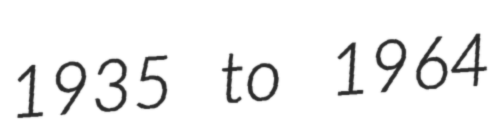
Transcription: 1935 to 1964